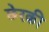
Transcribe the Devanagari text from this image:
छेरकी